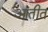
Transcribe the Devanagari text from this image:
आतीत